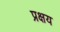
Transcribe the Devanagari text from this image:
प्रक्षय